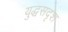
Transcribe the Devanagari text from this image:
युद्धसदृश